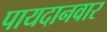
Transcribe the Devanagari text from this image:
पायदानवार